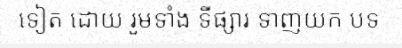
ទៀត ដោយ រួមទាំង ទីផ្សារ ទាញយក បទ